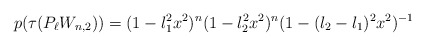
\begin{align*} p(\tau(P_{\ell}W_{n,2}) ) = (1-l_1^2x^2)^n(1-l_2^2x^2)^n(1-(l_2-l_1)^2x^2)^{-1}\end{align*}